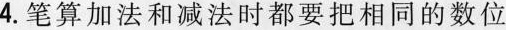
4.笔算加法和减法时都要把相同的数位